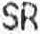
SR